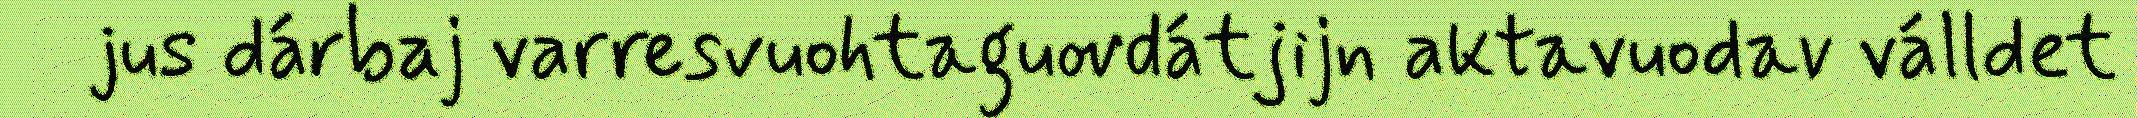
jus dárbaj varresvuohtaguovdátjijn aktavuodav válldet